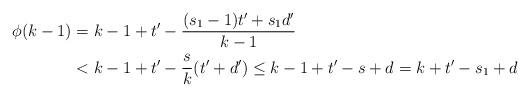
LaTeX: \begin{align*}\phi(k-1)&=k-1+t'-\frac{(s_1-1)t'+s_1d'}{k-1}\\&< k-1+t'-\frac{s}{k}(t'+d')\le k-1+t'-s+d=k+t'-s_1+d\end{align*}